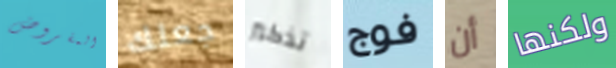
المفروض جعلك تذكير فوج أن ولكنها